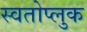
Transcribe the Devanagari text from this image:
स्वतोप्लुक